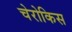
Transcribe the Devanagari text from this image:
चेरोकिस